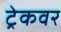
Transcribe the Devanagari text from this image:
ट्रेकवर